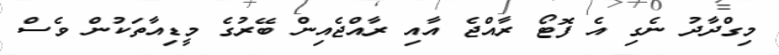
މިގްދާދު ނެގި އެ ފޮޓޯ ރާއްޖެ އާއި ރާއްޖެއިން ބޭރުގެ މީޑިއާތަކުން ވެސް